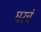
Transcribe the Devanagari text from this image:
घरचं